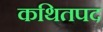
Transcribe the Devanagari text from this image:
कथितपद